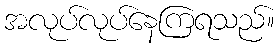
အလုပ်လုပ်နေကြရသည်။